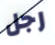
رجل